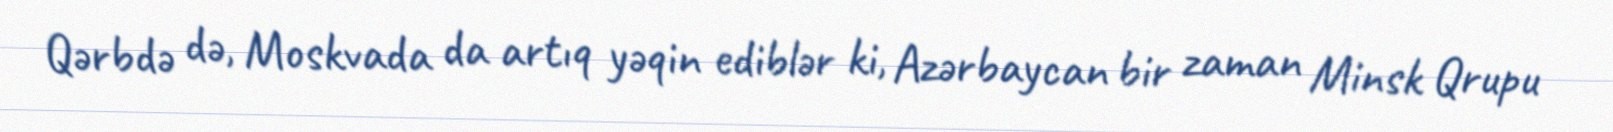
Qərbdə də, Moskvada da artıq yəqin ediblər ki, Azərbaycan bir zaman Minsk Qrupu